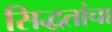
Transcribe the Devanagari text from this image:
सिद्धतांचा